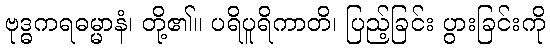
ဗုဒ္ဓကရဓမ္မာနံ၊ တို့၏။ ပရိပူရိကာတိ၊ ပြည့်ခြင်း ပွားခြင်းကို